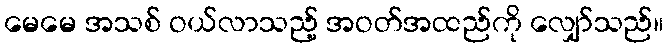
မေမေ အသစ် ဝယ်လာသည့် အဝတ်အထည်ကို လျှော်သည်။